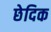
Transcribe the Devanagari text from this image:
छेदिक